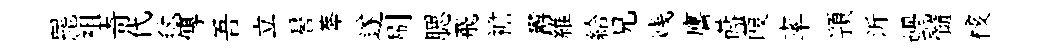
罷袓奇代毬傳吾立晷莾遂刷腮飛襜欝維給兄贱譍蒔葭率頴沂蝸髓核